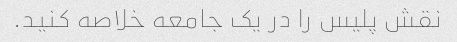
نقش پلیس را در یک جامعه خلاصه کنید.